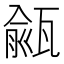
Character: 㼶